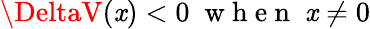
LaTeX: \DeltaV(\mathit{x})<0\; \mathrm{{~w~h~e~n~}}\; \mathit{x}\neq0